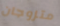
متزوجان